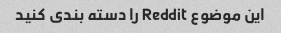
این موضوع Reddit را دسته بندی کنید